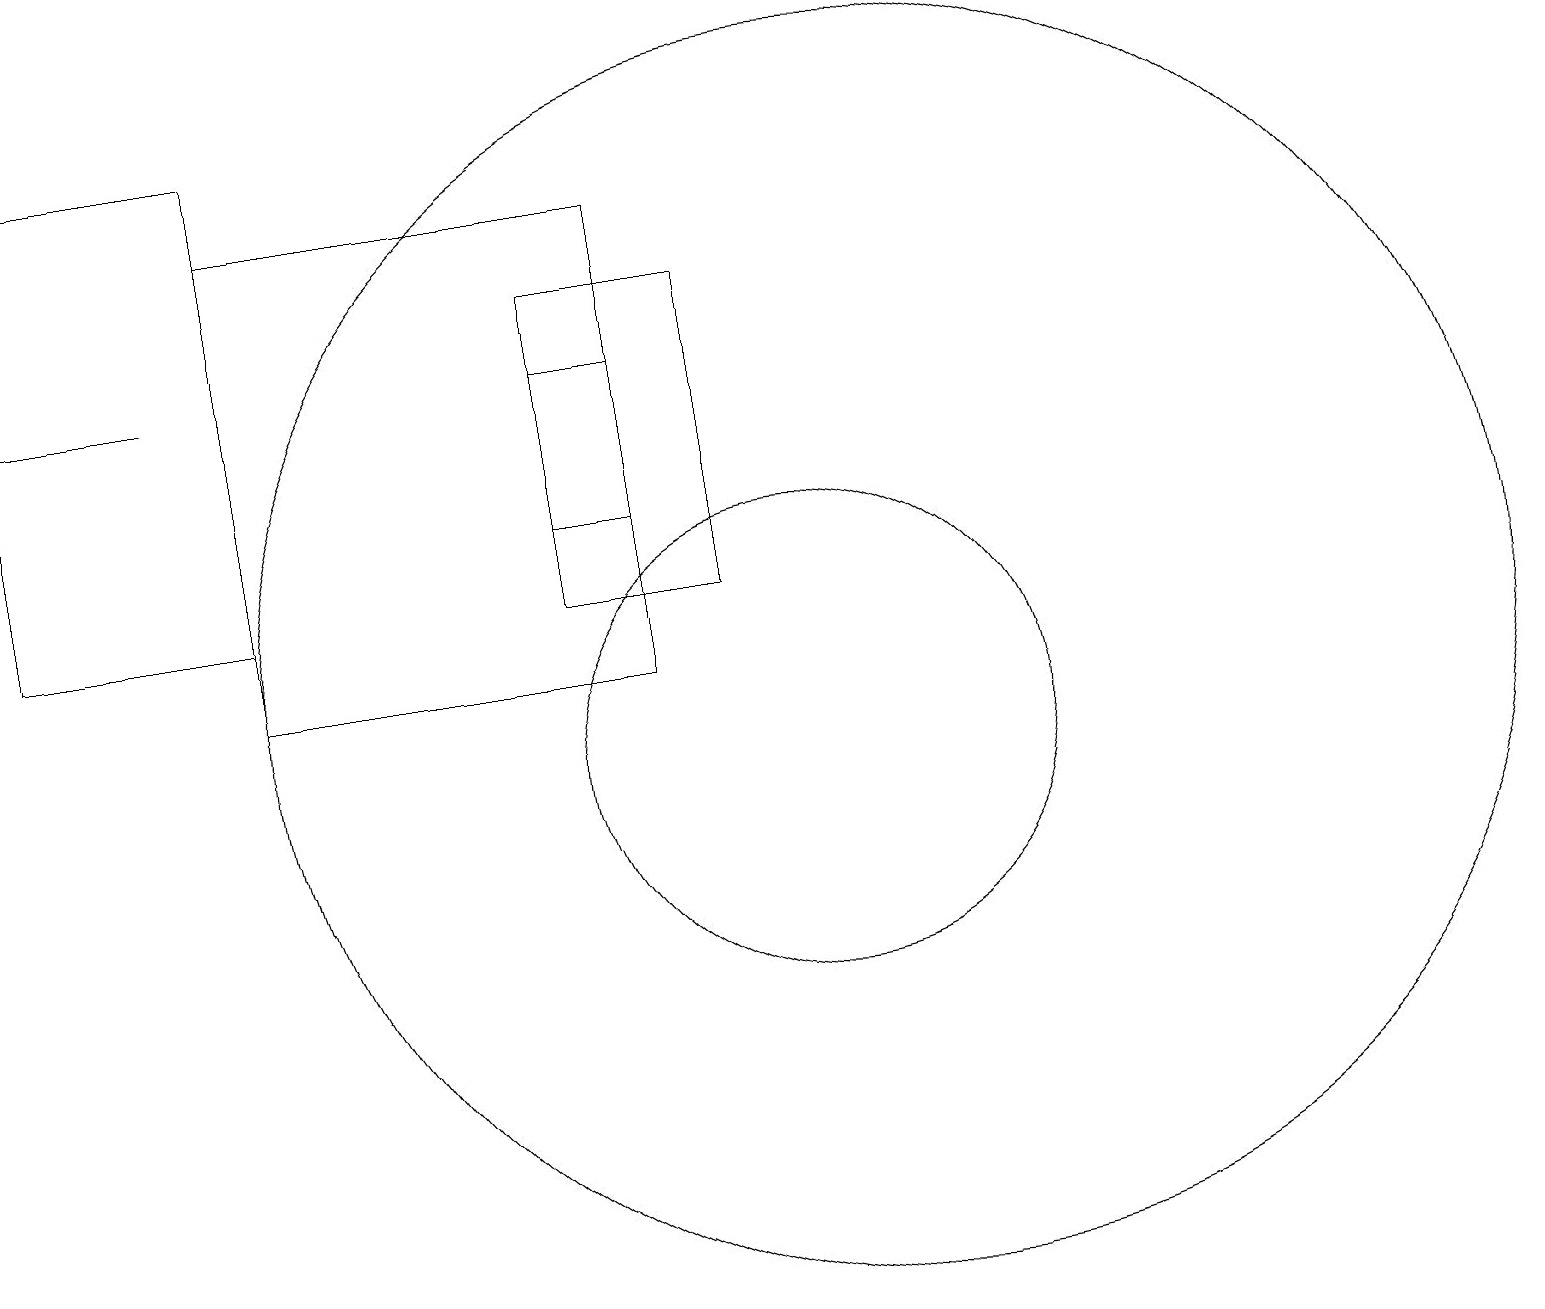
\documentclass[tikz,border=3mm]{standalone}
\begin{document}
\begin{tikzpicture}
\draw (10,10) circle (3);
\draw (0,18) rectangle (3,12);
\draw (3,17) rectangle (8,11);
\draw (11,11) circle (8);
\draw[->] (0,12) -- (0,17);
\draw (9,12) rectangle (7,16);
\draw (8,15) rectangle (7,13);
\draw (0,15) rectangle (2,15);
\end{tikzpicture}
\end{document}